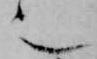
也